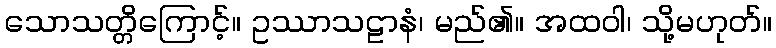
သောသတ္တိကြောင့်။ ဥဿာသဠာနံ၊ မည်၏။ အထဝါ၊ သို့မဟုတ်။